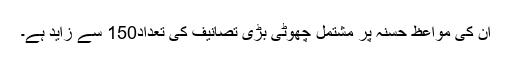
ان کی مواعظِ حسنہ پر مشتمل چھوٹی بڑی تصانیف کی تعداد150 سے زاید ہے۔